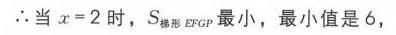
$\therefore$当$x = 2$时，$S_{梯形EPGF}$最小，最小值是$6$，